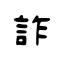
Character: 詐